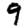
Digit: 9